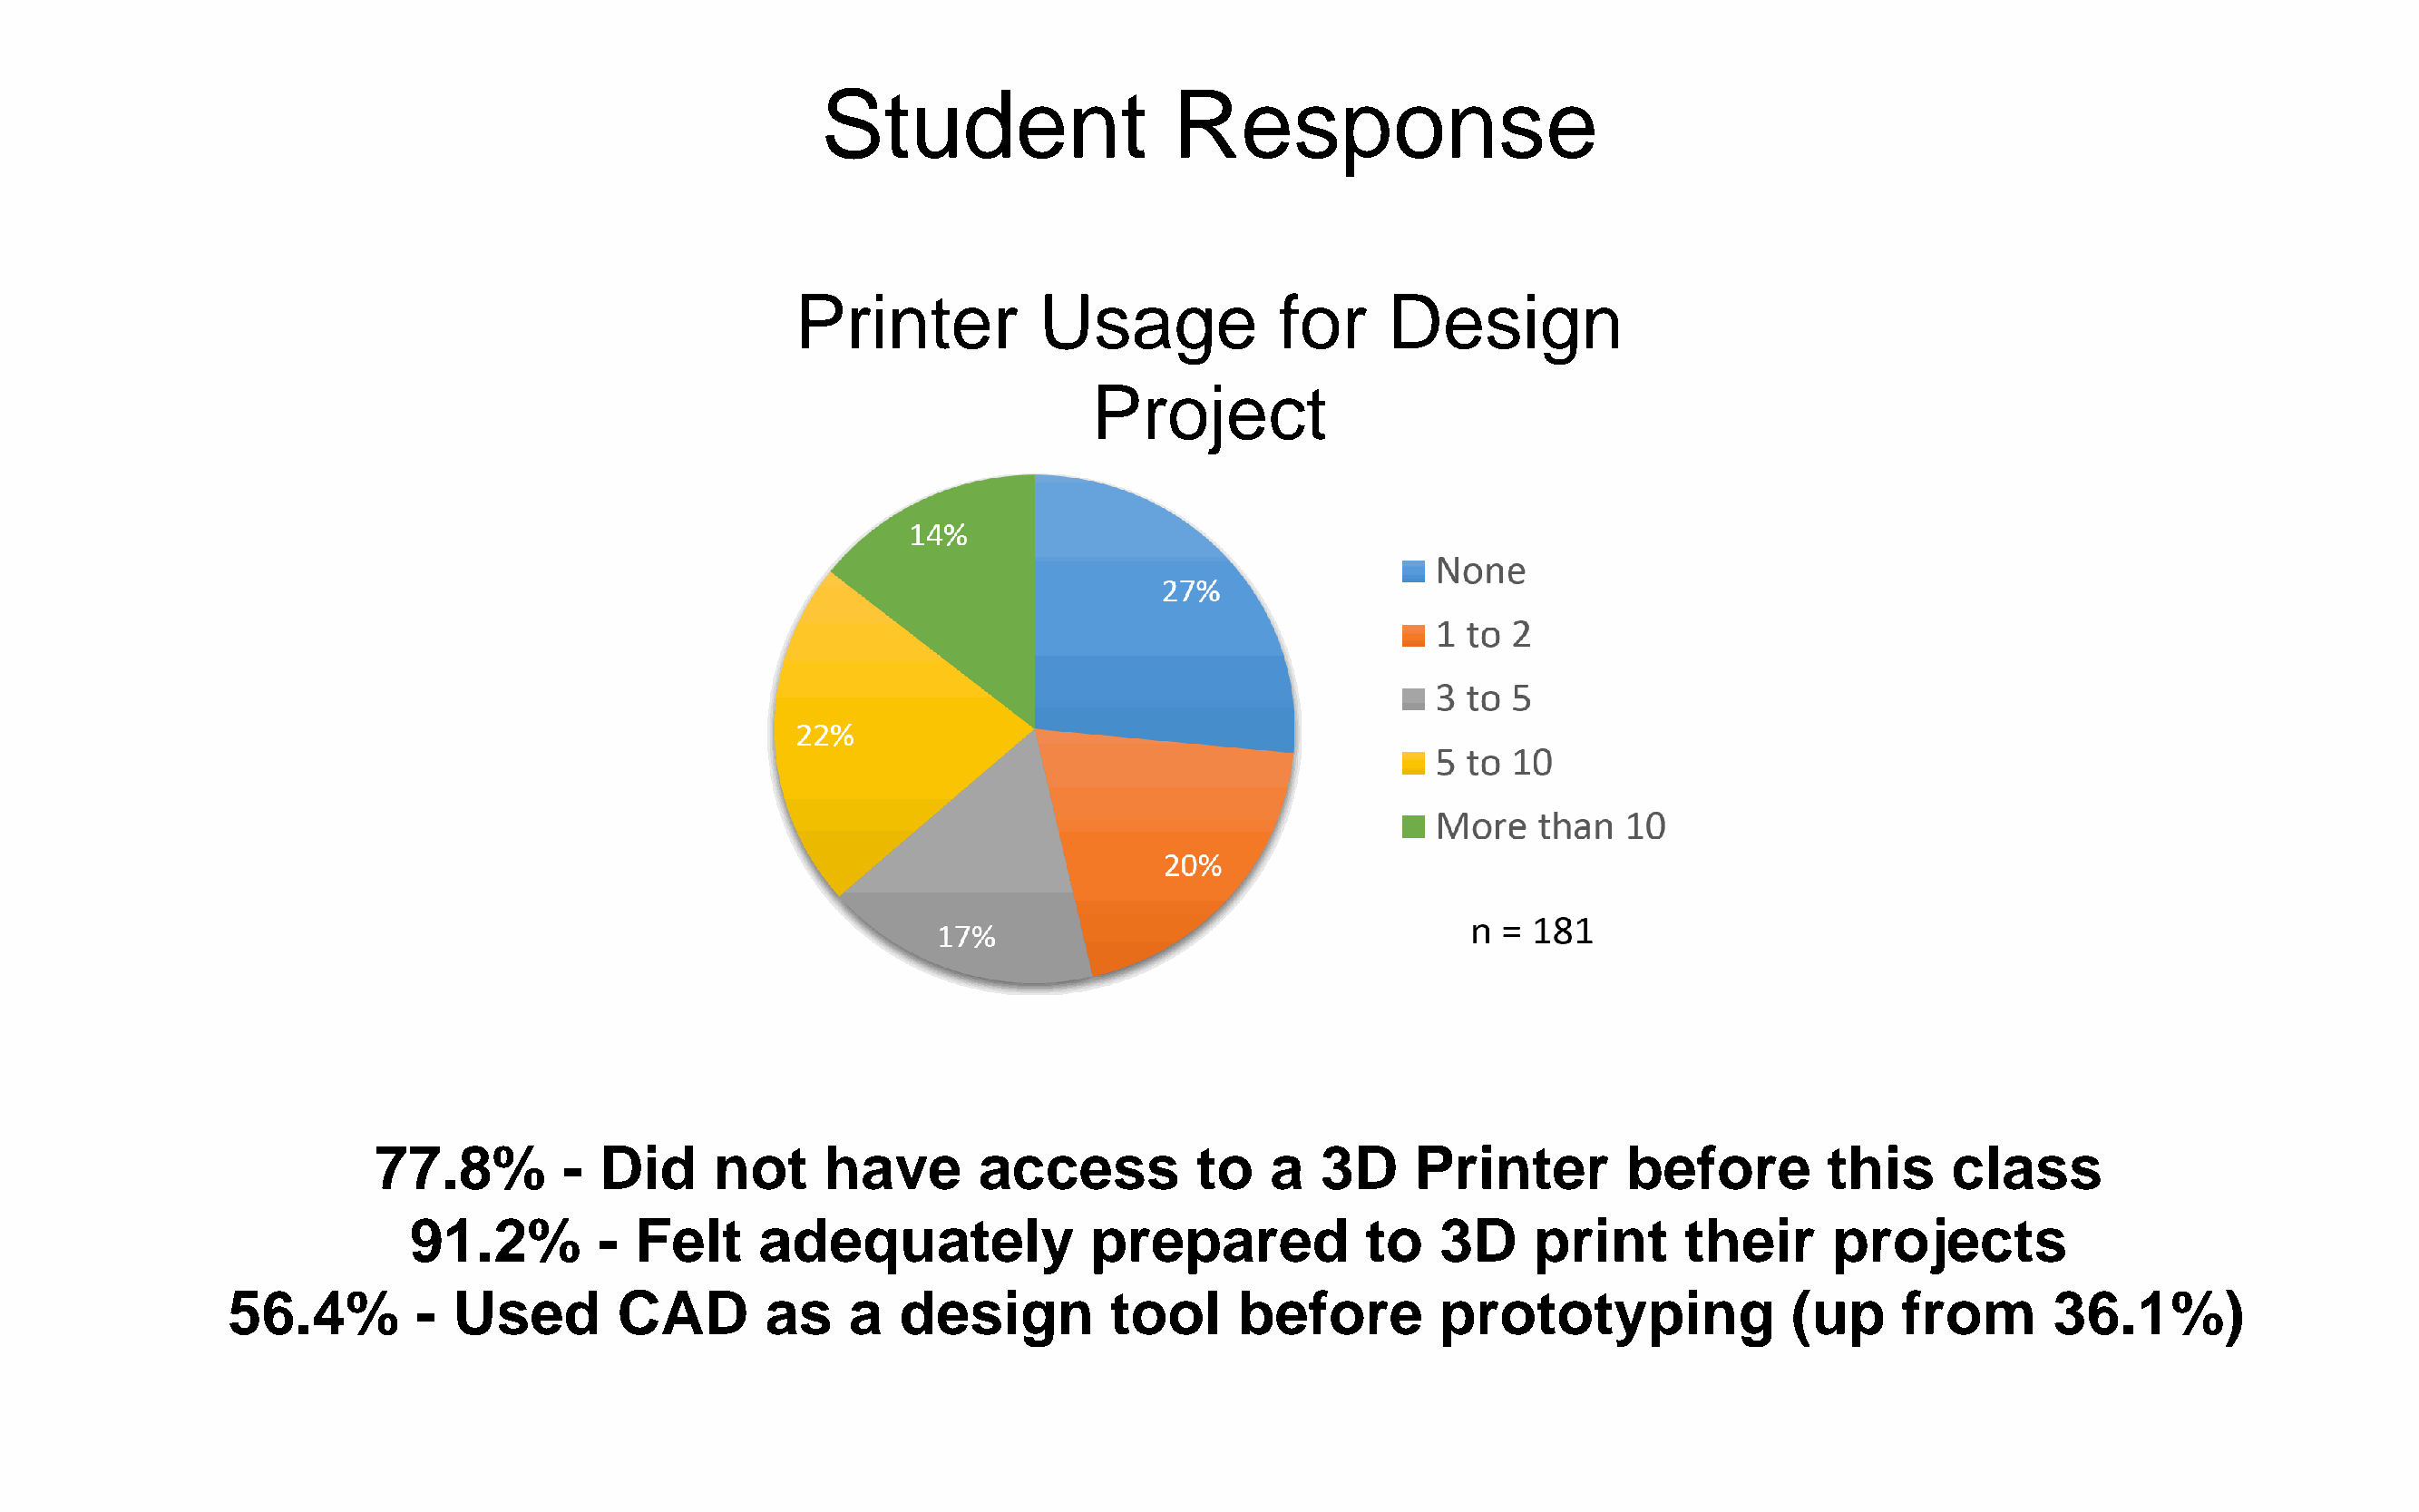
Student                   Response
 Printer           Usage            for     Design
 Project
 77.8%         -  Did     not     have       access          to    a  3D     Printer         before        this     class
 91.2%         - Felt     adequately               prepared            to   3D     print      their      projects
 56.4%        -  Used        CAD        as    a   design         tool     before         prototyping               (up     from       36.1%)